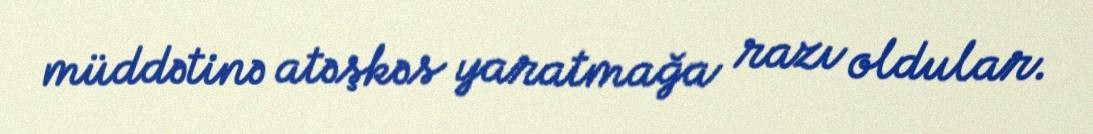
müddətinə atəşkəs yaratmağa razı oldular.